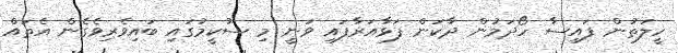
ހީލަތުން ފައިސާ ހޯދަމުން ދާކަން ފަޅާއަރާފައި ވަނީ މި ސުކީމުގައި ބައިވެރިވެގެން އެތައް